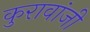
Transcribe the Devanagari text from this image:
कुरावांजी